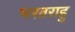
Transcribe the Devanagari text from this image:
भरतराहु